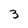
Character: 3